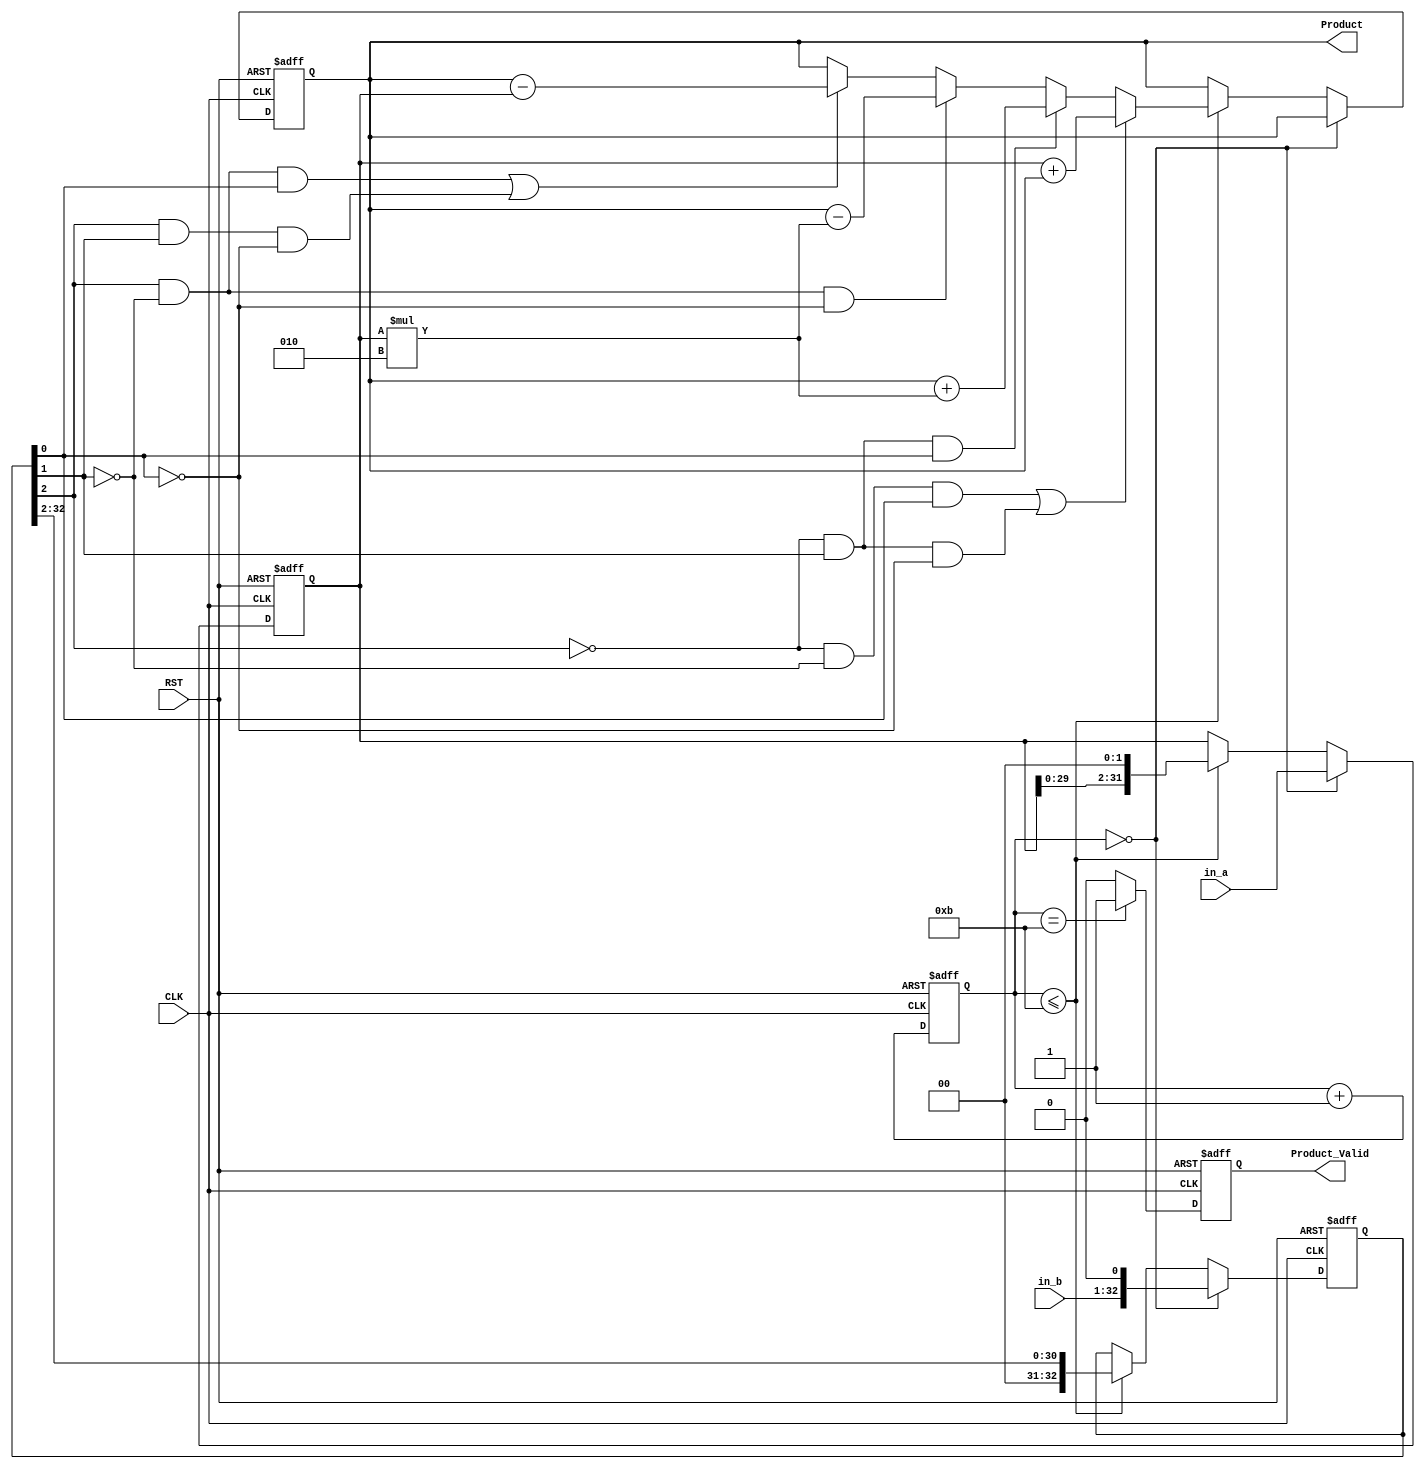
`timescale 1ns/1ps
module lab(CLK, RST, in_a, in_b, Product, Product_Valid);
input CLK, RST;
input signed [31:0]	in_a;	// Multiplicand
input signed [31:0]	in_b;// Multiplier
output reg signed [63:0] Product;
output reg Product_Valid;

reg signed [31:0] Mplicand;
reg signed [32:0] Mplier;
reg [5:0] Counter;
reg	sign;

//Counter
always @(posedge CLK or posedge RST)
begin
	if(RST)
		Counter <=6'b0;
	else
		Counter <= Counter +6'b1;
end

//Multiplier
always @(posedge CLK or posedge RST)
begin
	//?????
	if(RST) begin
		Product  <= 64'b0;
		Mplicand <= 32'b0;
		Mplier   <= 33'b0;	
	end 
	
	//????????
	else if(Counter == 6'd0) begin
		Mplicand <= in_a;
		Mplier <= {in_b,1'b0};
	end 
	
	//???????
	/* write down your design below */
	else if(Counter <=5'd11) 
	begin
		if((Mplier[2]==1'b0 & Mplier[1]==1'b0 & Mplier[0]==1'b1) | (Mplier[2]==1'b0 & Mplier[1]==1'b1 & Mplier[0]==1'b0)) //001 010 +A
			Product <= Mplicand + Product;
		else if(Mplier[2]==1'b0 & Mplier[1] == 1'b1 & Mplier[0] == 1'b1 ) //+2A
			Product <= Product + (Mplicand * 2 );
		else if(Mplier[2]==1'b1 & Mplier[1] == 1'b0 & Mplier[0] == 1'b0) //-2A
			Product <= Product - (Mplicand * 2 );
		else if((Mplier[2]==1'b1 & Mplier[1]==1'b0 & Mplier[0]==1'b1) | (Mplier[2]==1'b1 & Mplier[1]==1'b1 & Mplier[0]==1'b0)) //101 110 -A
			Product <= Product - Mplicand;
		//$display("%d,%d",Product,Mplicand);
		Mplier <= Mplier >> 2'b10;
		Mplicand <= Mplicand << 2'b10;
	end 

	/* write down your design upon */
end

//????
always @(posedge CLK or posedge RST)
begin
	if(RST)
		Product_Valid <=1'b0;
	else if(Counter==5'd11)
		Product_Valid <=1'b1;
	else
		Product_Valid <=1'b0;
end

endmodule